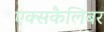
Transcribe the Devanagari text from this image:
एक्सकैलिबर